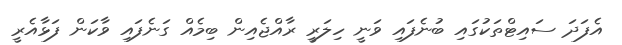
އެފަދަ ސައިޓްތަކުގައި ބުނެފައި ވަނީ ހިލަރީ ރާއްޖެއިން ބިމެއް ގަނެފައި ވާކަން ފަޅާއެރީ